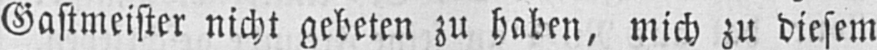
Gastmeister nicht gebeten zu haben, mich zu diesem